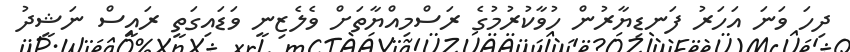
ދިހަ ވަނަ އަހަރު ފަނޑިޔާރުން ހުވާކުރުމުގެ ރަސްމިއްޔާތަށް ވެލެޒިނީ ވަޑައިގަތީ ރައީސް ނަޝީދު